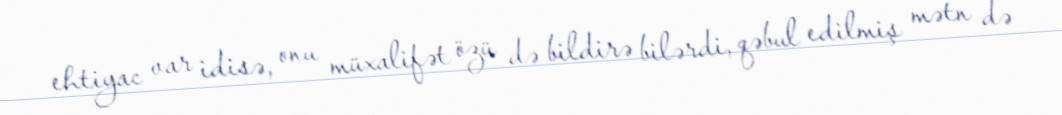
ehtiyac var idisə, onu müxalifət özü də bildirə bilərdi, qəbul edilmiş mətn də